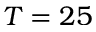
T = 2 5